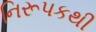
નિરૂપકથી